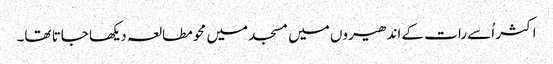
اکثر اُسے رات کے اندھیروں میں مسجد میں محو مطالعہ دیکھا جاتا تھا۔